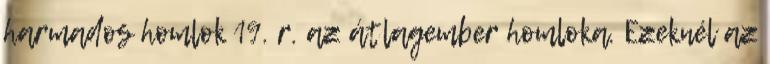
harmados homlok 19. r. az átlagember homloka. Ezeknél az